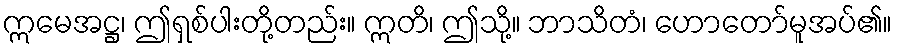
ဣမေအဋ္ဌ၊ ဤရှစ်ပါးတို့တည်း။ ဣတိ၊ ဤသို့။ ဘာသိတံ၊ ဟောတော်မူအပ်၏။